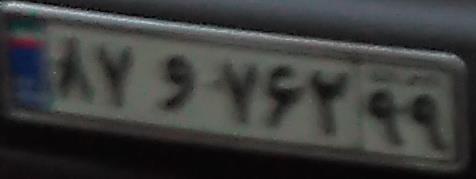
۸۷و۷۶۲۹۹